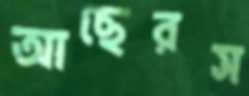
আছেরস